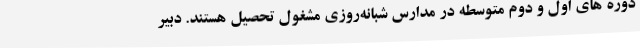
دوره های اول و دوم متوسطه در مدارس شبانه‌روزی مشغول تحصیل هستند. دبیر